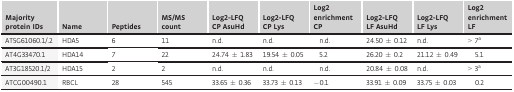
<table><thead><tr><td><b>Majority protein IDs</b></td><td><b>Name</b></td><td><b>Peptides</b></td><td><b>MS/MS count</b></td><td><b>Log2‐LFQ CP AsuHd</b></td><td><b>Log2‐LFQ CP Lys</b></td><td><b>Log2 enrichment CP</b></td><td><b>Log2‐LFQ LF AsuHd</b></td><td><b>Log2‐LFQ LF Lys</b></td><td><b>Log2 enrichment LF</b></td></tr></thead><tbody><tr><td>AT5G61060.1/.2</td><td>HDA5</td><td>6</td><td>11</td><td>n.d.</td><td>n.d.</td><td>n.d.</td><td>24.50 ± 0.12</td><td>n.d.</td><td>&gt; 7a</td></tr><tr><td>AT4G33470.1</td><td>HDA14</td><td>7</td><td>22</td><td>24.74 ± 1.83</td><td>19.54 ± 0.05</td><td>5.2</td><td>26.20 ± 0.2</td><td>21.12 ± 0.49</td><td>5.1</td></tr><tr><td>AT3G18520.1/2</td><td>HDA15</td><td>2</td><td>2</td><td>n.d.</td><td>n.d.</td><td>n.d.</td><td>20.84 ± 0.08</td><td>n.d.</td><td>&gt; 3a</td></tr><tr><td>ATCG00490.1</td><td>RBCL</td><td>28</td><td>545</td><td>33.65 ± 0.36</td><td>33.73 ± 0.13</td><td>−0.1</td><td>33.91 ± 0.09</td><td>33.75 ± 0.03</td><td>0.2</td></tr></tbody></table>